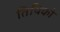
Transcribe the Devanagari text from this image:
तिथिको